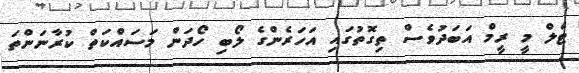
ޓެލް މީ ރީމް އަބަދުވެސް ތިގޮތުގައި އަހަރެންގެ ލޯބި ހޯދަން މަސައްކަތް ކުރާނަންތަ